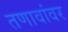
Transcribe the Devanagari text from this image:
तणावांवर